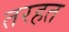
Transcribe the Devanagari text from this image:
तरहत